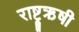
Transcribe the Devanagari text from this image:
राष्ट्रऋषी